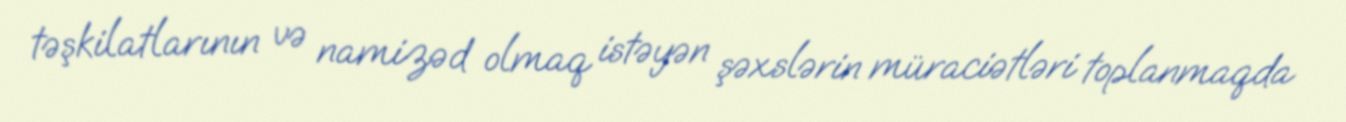
təşkilatlarının və namizəd olmaq istəyən şəxslərin müraciətləri toplanmaqda